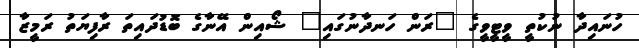
ހުނައިދާ ނުކުތީ ވީޓީވީގެ "ރަން ހަނދާނުގައި" ޝޯއިން އޭނާގެ ބޮޑުދައިތަ ރާފިޔަތު ރަމީޒާ